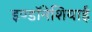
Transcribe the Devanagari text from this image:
इण्डॉनेशियाई